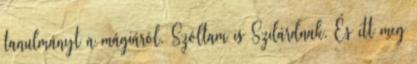
tanulmányt a mágiáról. Szóltam is Szilárdnak. És itt meg